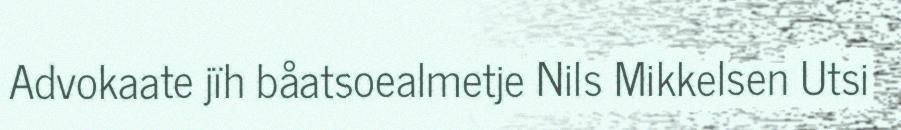
Advokaate jïh båatsoealmetje Nils Mikkelsen Utsi